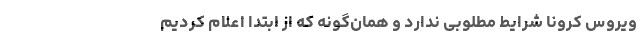
ویروس کرونا شرایط مطلوبی ندارد و همان‌گونه که از ابتدا اعلام کردیم